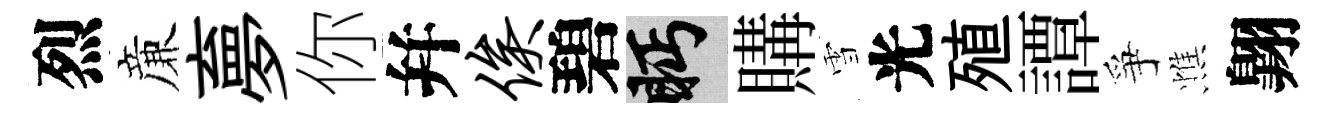
烈亷夣你幷俟碧眄購雪光殖譚爭憔翺